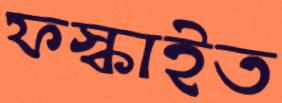
ফস্‌কাইত